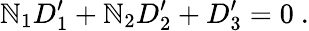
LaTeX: \mathbb{N}_{1}D_{1}^{\prime}+\mathbb{N}_{2}D_{2}^{\prime}+D_{3}^{\prime}=0\ .